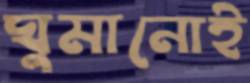
ঘুমানোই